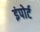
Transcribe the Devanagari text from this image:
इंपोर्ट